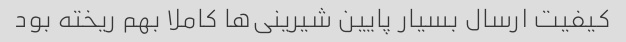
کیفیت ارسال بسیار پایین شیرینی‌ها کاملا بهم ریخته بود